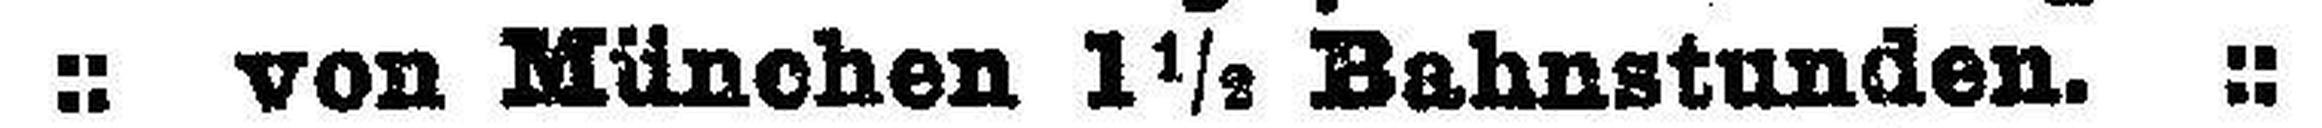
von München 1½ Balmstunden. ::